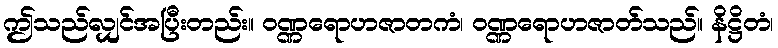
ဤသည်လျှင်အပြီးတည်း။ ဝဏ္ဏရောဟဇာတကံ၊ ဝဏ္ဏရောဟဇာတ်သည်။ နိဋ္ဌိတံ၊